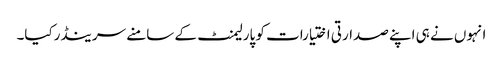
انہوں نے ہی اپنے صدارتی اختیارات کو پارلیمنٹ کے سامنے سرینڈرکیا۔